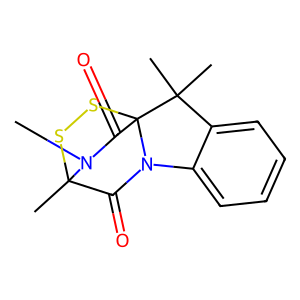
SMILES: CN1C(=O)C23SSC1(C)C(=O)N2c1ccccc1C3(C)C
Inhibits HIV replication: No